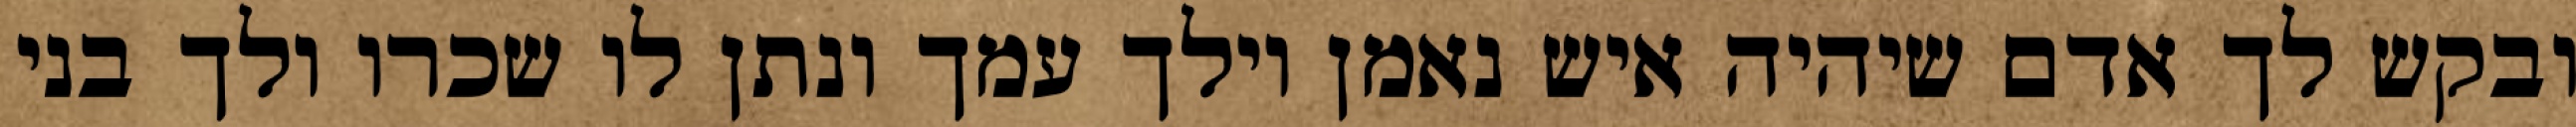
ובקש לך אדם שיהיה איש נאמן וילך עמך ונתן לו שכרו ולך בני